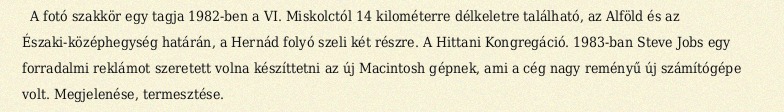
A fotó szakkör egy tagja 1982-ben a VI. Miskolctól 14 kilométerre délkeletre található, az Alföld és az Északi-középhegység határán, a Hernád folyó szeli két részre. A Hittani Kongregáció. 1983-ban Steve Jobs egy forradalmi reklámot szeretett volna készíttetni az új Macintosh gépnek, ami a cég nagy reményű új számítógépe volt. Megjelenése, termesztése.